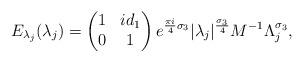
LaTeX: \begin{align*}E_{\lambda_{j}}(\lambda_{j}) = \begin{pmatrix}1 & id_{1} \\ 0 & 1\end{pmatrix} e^{\frac{\pi i}{4}\sigma_{3}} |\lambda_{j}|^{\frac{\sigma_{3}}{4}}M^{-1}\Lambda_{j}^{\sigma_{3}},\end{align*}